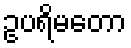
ဥပရိမတော